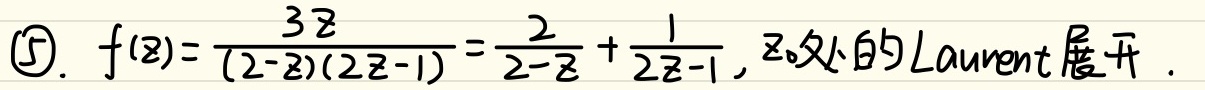
\textcircled{5}. \(f(z)=\frac{3z}{(2 - z)(2z - 1)}=\frac{2}{2 - z}+\frac{1}{2z - 1}\)，\(z_{0}\)处的Laurent展开。